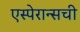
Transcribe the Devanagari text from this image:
एस्पेरान्सची